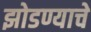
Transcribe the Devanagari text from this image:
झोडण्याचे